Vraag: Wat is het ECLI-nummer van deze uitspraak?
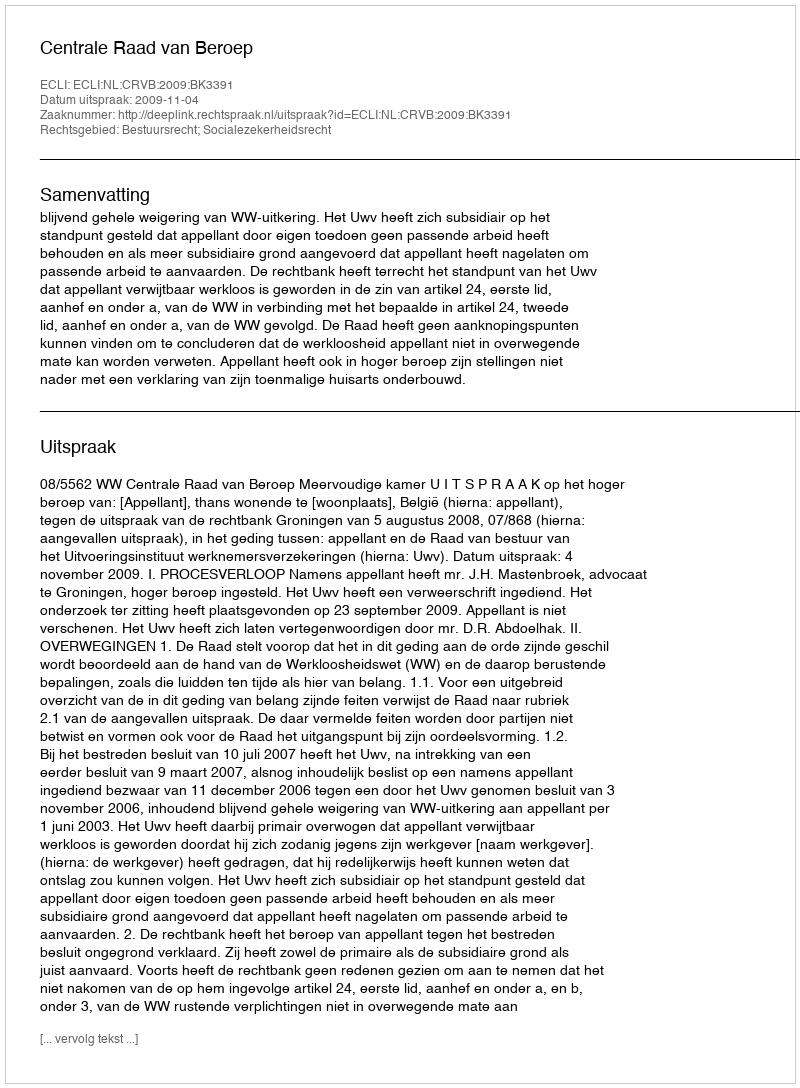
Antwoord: ECLI:NL:CRVB:2009:BK3391